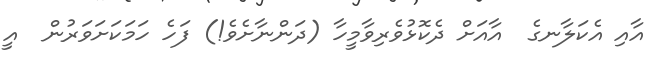
އާއި އެކަލާނގެ  އާއަށް ދެކޮޅުވެރިވާމީހާ (ދަންނާށެވެ!) ފަހެ ހަމަކަށަވަރުން  އީ